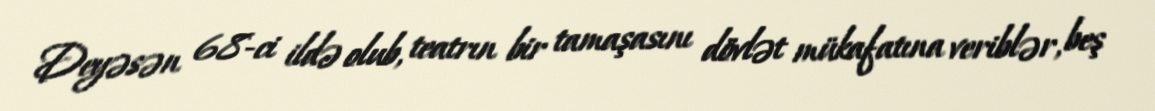
Deyəsən 68-ci ildə olub, teatrın bir tamaşasını dövlət mükafatına veriblər, beş